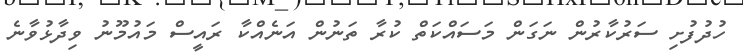
ހުދުފުށި ސަރުކާރުން ނަގަން މަސައްކަތް ކުރާ ތަނުން އަނެއްކާ ރައީސް މައުމޫނު ވިދާޅުވާނެ